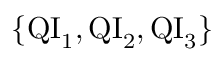
\{ \mathrm { Q I } _ { 1 } , \mathrm { Q I } _ { 2 } , \mathrm { Q I } _ { 3 } \}